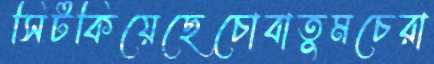
সিটকিয়েছেচোবাতুমচেরা